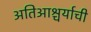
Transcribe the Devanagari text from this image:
अतिआश्चर्याची